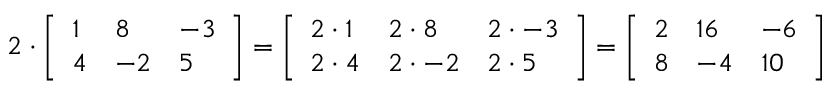
2 \cdot { \left[ \begin{array} { l l l } { 1 } & { 8 } & { - 3 } \\ { 4 } & { - 2 } & { 5 } \end{array} \right] } = { \left[ \begin{array} { l l l } { 2 \cdot 1 } & { 2 \cdot 8 } & { 2 \cdot - 3 } \\ { 2 \cdot 4 } & { 2 \cdot - 2 } & { 2 \cdot 5 } \end{array} \right] } = { \left[ \begin{array} { l l l } { 2 } & { 1 6 } & { - 6 } \\ { 8 } & { - 4 } & { 1 0 } \end{array} \right] }